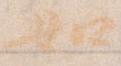
如